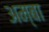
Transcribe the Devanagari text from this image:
अम्‍बा